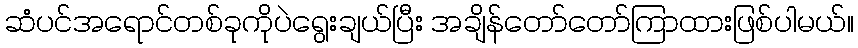
ဆံပင်အရောင်တစ်ခုကိုပဲရွေးချယ်ပြီး အချိန်တော်တော်ကြာထားဖြစ်ပါမယ်။